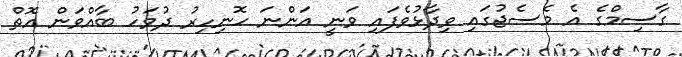
ގާސިމްގެ އެ މެސެޖުގައި ވިދާޅުވެފައި ވަނީ އަންނަ ހޮނިހިރު ދުވަހު ބާއްވަން އޮތް